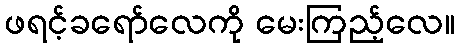
ဖရင့်ခရော်လေကို မေးကြည့်လေ။